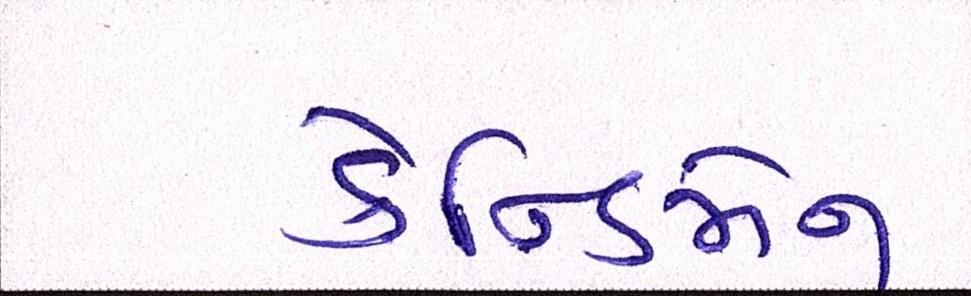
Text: કેન્ડિમેન